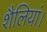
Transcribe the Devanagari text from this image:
शैलियां।